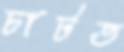
চাটত